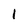
Character: 1